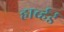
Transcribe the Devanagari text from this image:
हार्व्हर्ड